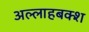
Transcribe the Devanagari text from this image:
अल्लाहबक्श